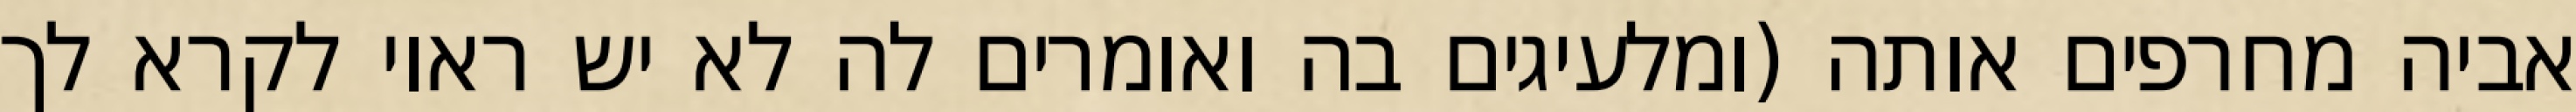
אביה מחרפים אותה (ומלעיגים בה ואומרים לה לא יש ראוי לקרא לך